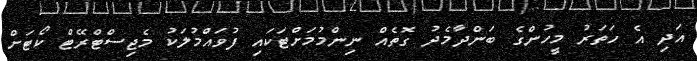
އަދި އެ ހަތަރު މީހުންގެ ބަންދާމެދު ގޮތެއް ނިންމުމަށްޓަކައި ފުވައްމުލަކު މެޖިސްޓްރޭޓް ކޯޓަށް